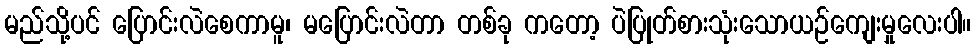
မည်သို့ပင် ပြောင်းလဲစေကာမူ၊ မပြောင်းလဲတာ တစ်ခု ကတော့ ပဲပြုတ်စားသုံးသောယဉ်ကျေးမှုလေးပါ။